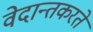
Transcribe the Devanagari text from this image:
वेदान्तकरते